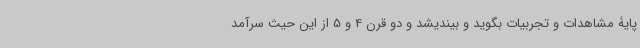
پایۀ مشاهدات و تجربیات بگوید و بیندیشد و دو قرن 4 و 5 از این حیث سرآمد